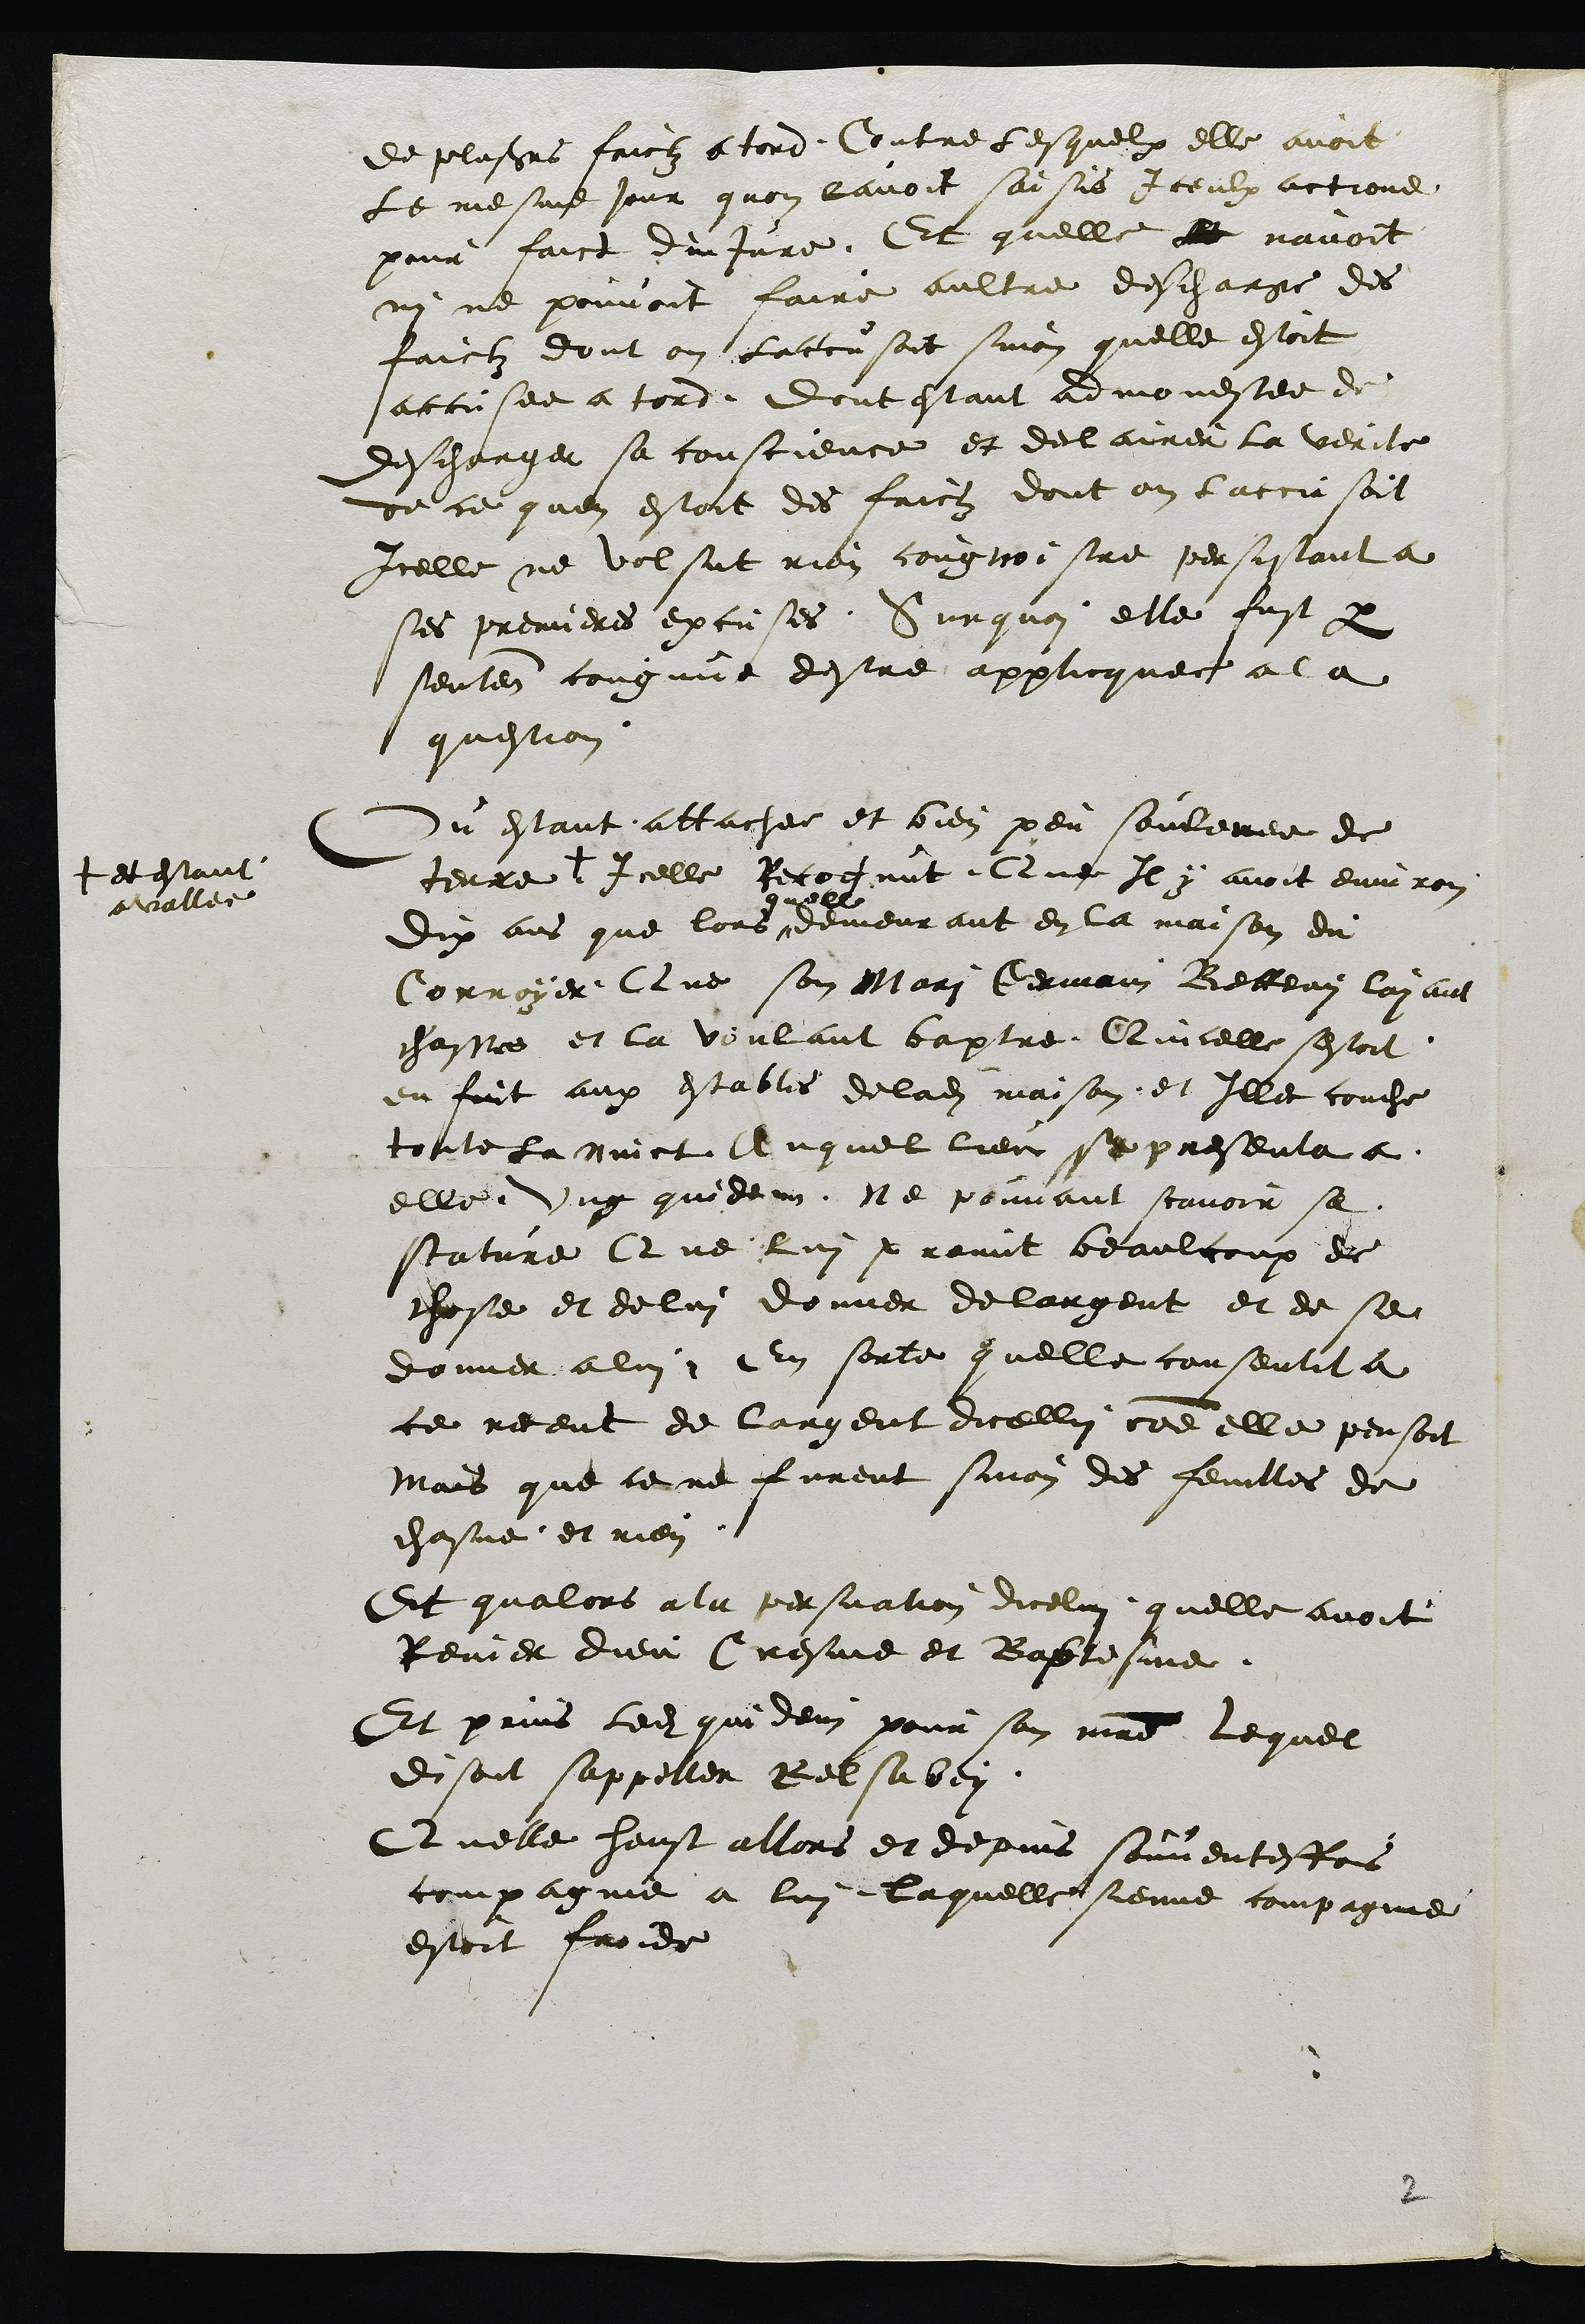
quelle
de plusieurs faictz a tord Contre lesquelx elle avoit
le mesme jour quon lavoit saisis Iceulx actione
pour faict dinjure. Et quelle le navoit
ny ne pouvoit faire aultre descharge des
faictz dont on laccusoit sinon quelle estoit
accusee a tord Dont estant admonestee de
descharger sa conscience et declaire la verite
de ce quen estoit des faictz dont on laccusoit
Icelle ne volsut rien cougnoistre persistant a
ses premieres excusees. Surquoi elle fust par
sentence congnue destre applicquee a la
question
Ou estant attachee et bien peu soulevee de
terre
+ et estant
avallee
Icelle Recognut, Que Il y avoit environ
dix ans que lors demeurant en la maison du
Corroyer Que son mari Germain Betteny layant
chasse et la voulant baptre Quicelle sestoit
en fuit aux estables de ladite maison et Illec couche
toute la nuict, Auquel lieu se presenta a
elle ung quidem ne pouvant scavoir se
scature Que lui promit beaulcoup de
chose et de lui donner de largent et de se
donner a lui En sorte quelle consentit a
ce receut de largent dicellui comme elle pensoit
Mais que ce ne furent sinon des feuilles de
chasne et rien
Et qualors a la persuation dicelui quelle avoit
Renier dieu Cresme et Baptesme
Et prins ledit quidem pour son maitre lequel
disoit sappeller Belsabey
Quelle heust allors et depuis souventesfois
compagnie a lui laquelle sienne compagnie
estoit froide

2